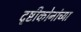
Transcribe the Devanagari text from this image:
दृष्टीकोनांच्या